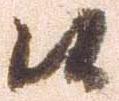
候